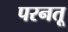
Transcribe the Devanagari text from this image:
परनतू